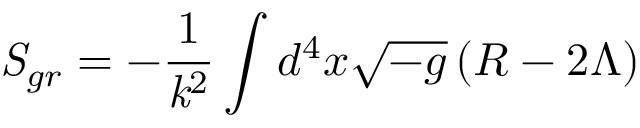
{ \it S } _ { g r } = - \frac { 1 } { { \it k } ^ { 2 } } \int d ^ { 4 } x \sqrt { - g } \left( R - 2 \Lambda \right)